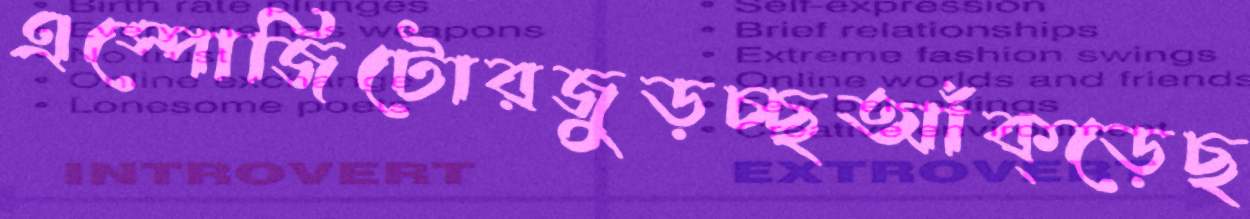
এস্পোজিটোরজুড়চ্ছআঁক্‌ড়েছ